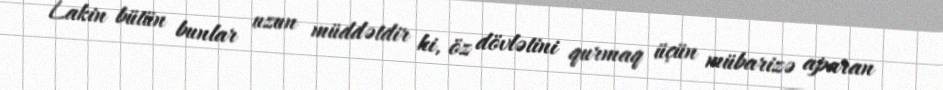
Lakin bütün bunlar uzun müddətdir ki, öz dövlətini qurmaq üçün mübarizə aparan